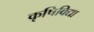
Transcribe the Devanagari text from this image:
कृषिविद्या